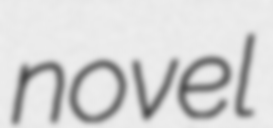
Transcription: novel